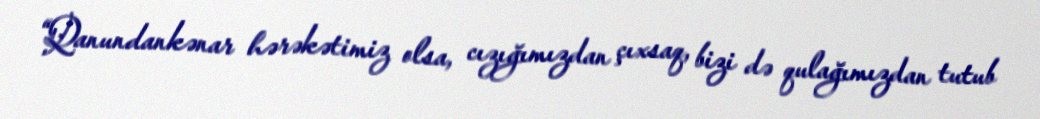
“Qanundankənar hərəkətimiz olsa, cızığımızdan çıxsaq, bizi də qulağımızdan tutub